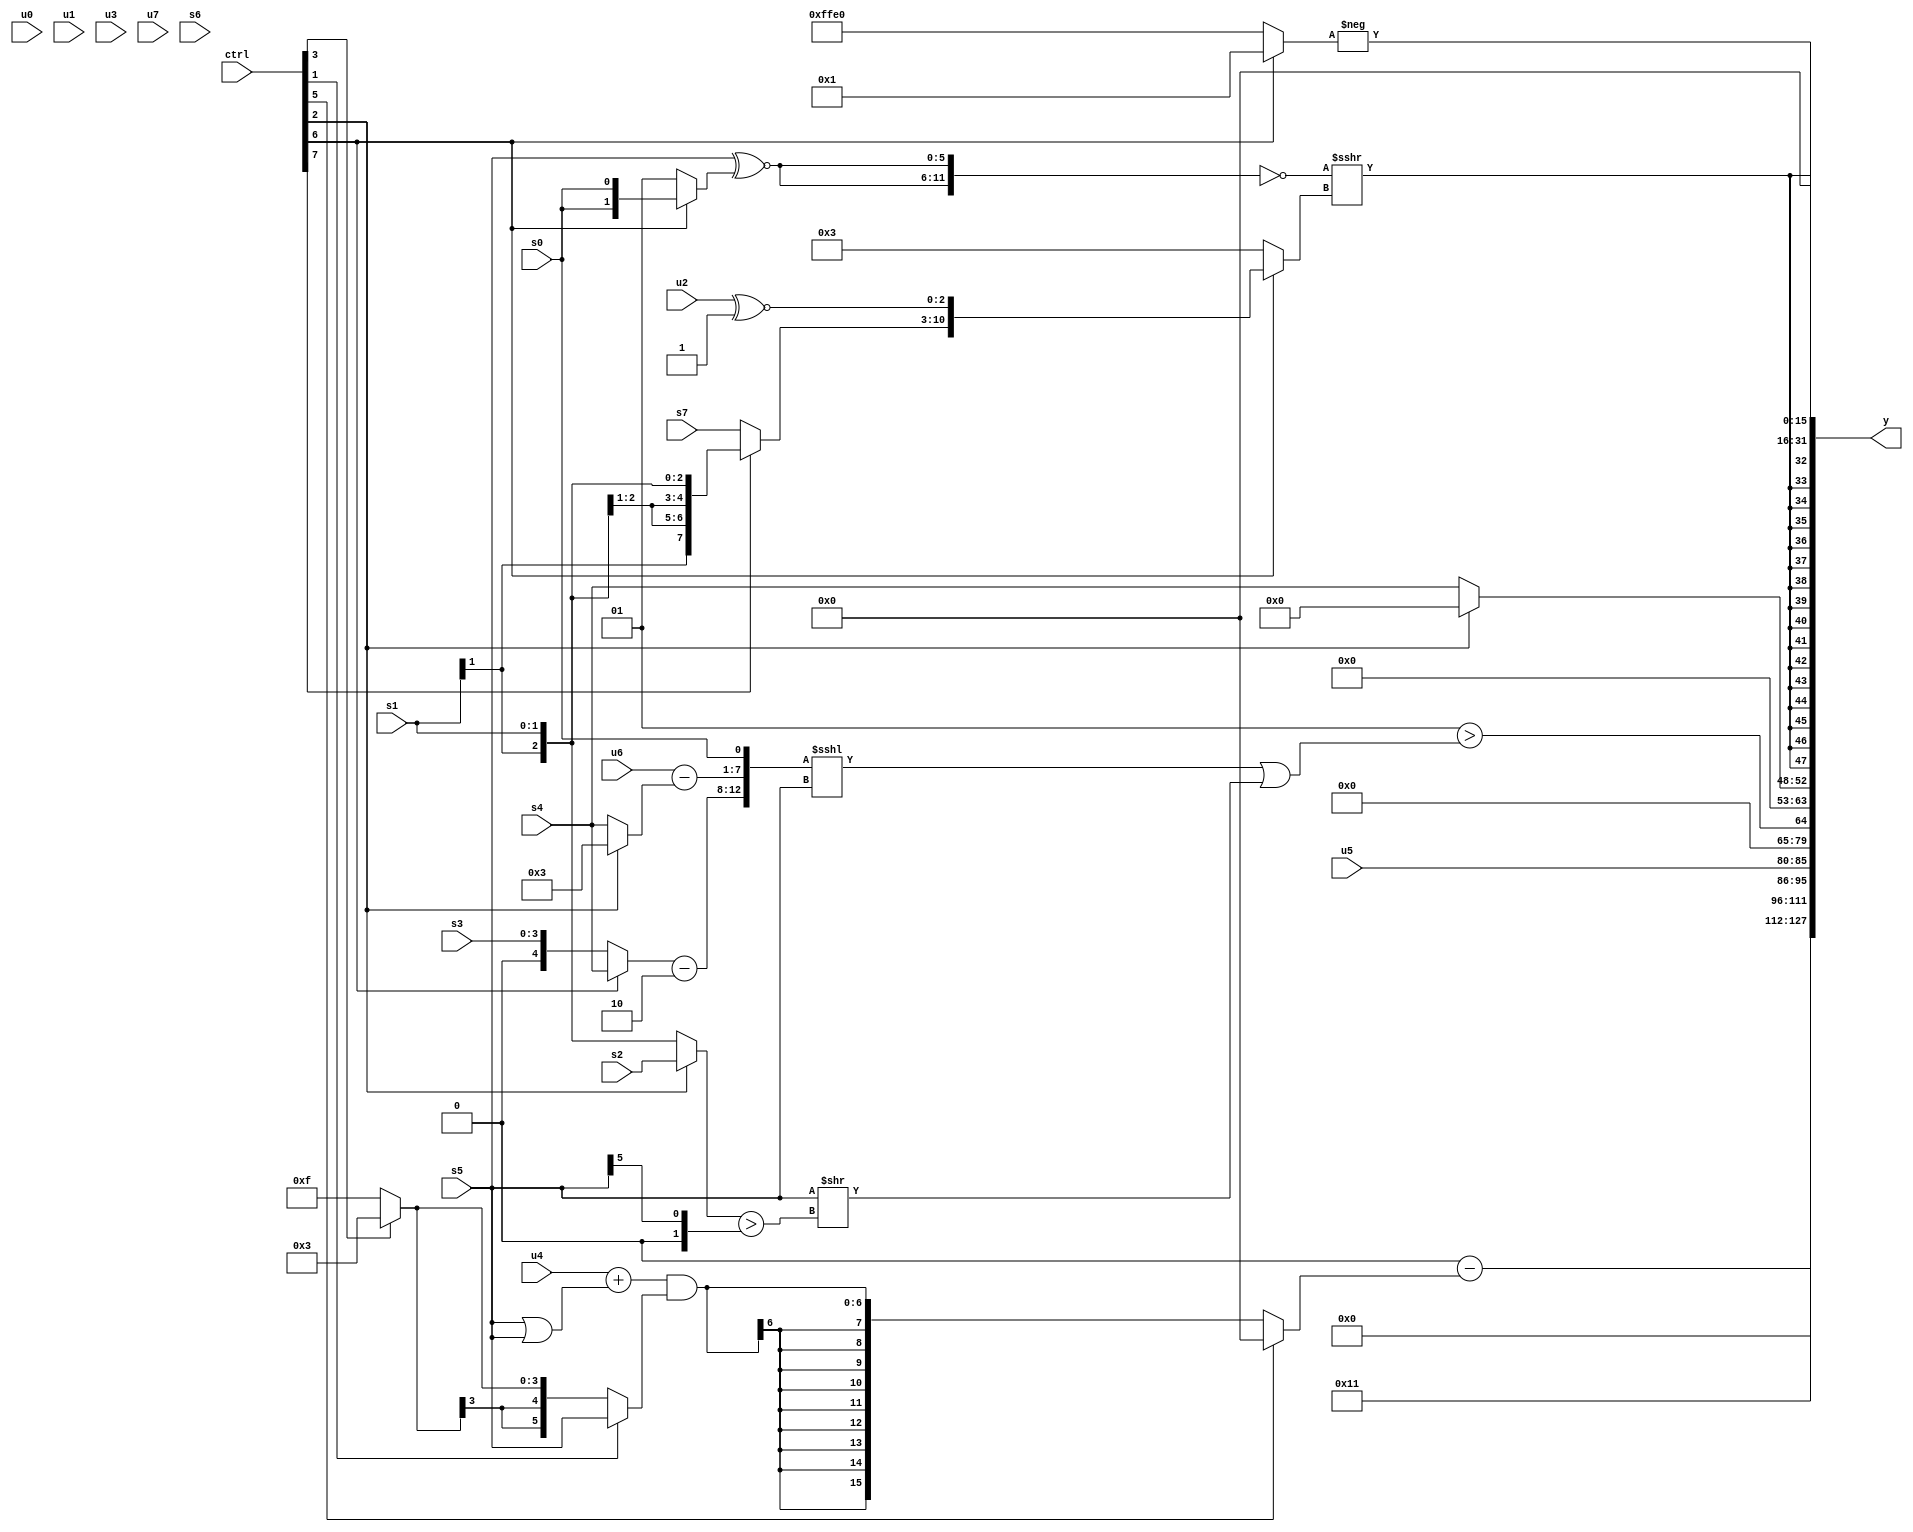
module wideexpr_00165(ctrl, u0, u1, u2, u3, u4, u5, u6, u7, s0, s1, s2, s3, s4, s5, s6, s7, y);
  input [7:0] ctrl;
  input [0:0] u0;
  input [1:0] u1;
  input [2:0] u2;
  input [3:0] u3;
  input [4:0] u4;
  input [5:0] u5;
  input [6:0] u6;
  input [7:0] u7;
  input signed [0:0] s0;
  input signed [1:0] s1;
  input signed [2:0] s2;
  input signed [3:0] s3;
  input signed [4:0] s4;
  input signed [5:0] s5;
  input signed [6:0] s6;
  input signed [7:0] s7;
  output [127:0] y;
  wire [15:0] y0;
  wire [15:0] y1;
  wire [15:0] y2;
  wire [15:0] y3;
  wire [15:0] y4;
  wire [15:0] y5;
  wire [15:0] y6;
  wire [15:0] y7;
  assign y = {y0,y1,y2,y3,y4,y5,y6,y7};
  assign y0 = {1{6'sb010001}};
  assign y1 = ((+((6'sb001011)<<(($signed(s3))>((ctrl[2]?s0:2'sb00)))))>>(6'sb100000))-((ctrl[5]?1'sb0:(($signed(+(u4)))+($signed((s5)|(s5))))&($signed((ctrl[1]?(s5)<<(1'sb0):(ctrl[3]?4'sb0011:1'sb1))))));
  assign y2 = u5;
  assign y3 = (2'sb01)>((($signed({((ctrl[6]?s4:s3))-(+(2'b10)),(u6)-((ctrl[2]?3'b011:s4)),{s0}}))<<<(s5))|($signed((s5)>>($signed(((ctrl[2]?s2:s1))>((s5)>>(5'b00101)))))));
  assign y4 = (ctrl[2]?($unsigned({1{s0}}))==({3'sb010}):{1{s4}});
  assign y5 = $signed({3{+((!({2{$signed((s5)^~((ctrl[6]?s0:2'sb01)))}}))>>>({1{(ctrl[6]?{$signed((ctrl[7]?s1:s7)),$signed((u2)^~(1'b1))}:2'b11)}}))}});
  assign y6 = (|(((($signed(-({3'sb101})))^(((s2)>>(~&($signed(5'sb00111))))<<((2'sb01)>>(s6))))-(-(^(s1))))>>>($signed($signed(((ctrl[3]?u6:((s4)>>>(5'sb10010))>((3'sb000)<<(s5))))^~((~^((1'sb1)>>>(3'sb110)))^((ctrl[5]?~|(2'b10):~(2'sb11)))))))))==(5'b11010);
  assign y7 = -((ctrl[6]?(2'sb01)<<($unsigned(($signed(-($signed(1'sb0))))<<(5'b01001))):6'sb100000));
endmodule